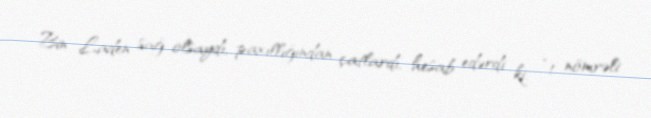
Bin Laden sağ olsaydı, paxıllığından çatlardı, hesab edərdi ki, “1 nömrəli